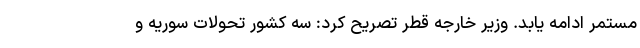
مستمر ادامه یابد. وزیر خارجه قطر تصریح کرد: سه کشور تحولات سوریه و